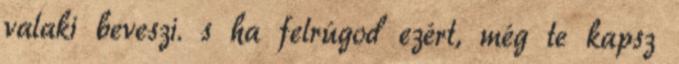
valaki beveszi. s ha felrúgod ezért, még te kapsz